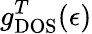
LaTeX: g_{\mathrm{DOS}}^{T}(\epsilon)